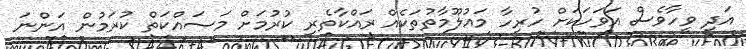
އަދި ވީހާވެސް އަވަހަކަށް ހުރިހާ މައުލޫމާތުތަކެއް ރައްކާތެރި ކުރުމަށް މަސައްކަތް ކުރަމުން އަންނަ